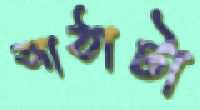
আঠাটা